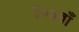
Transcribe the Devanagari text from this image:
३०६वाँ